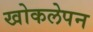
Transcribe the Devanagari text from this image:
खोकलेपन